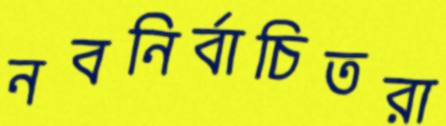
নবনির্বাচিতরা